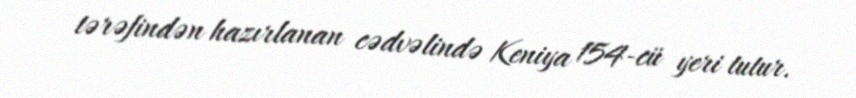
tərəfindən hazırlanan cədvəlində Keniya 154-cü yeri tutur.